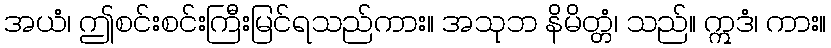
အယံ၊ ဤစင်းစင်းကြီးမြင်ရသည်ကား။ အသုဘ နိမိတ္တံ၊ သည်။ ဣဒံ၊ ကား။